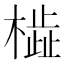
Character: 𬄢